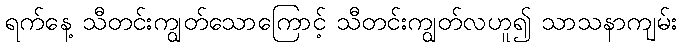
ရက်နေ့ သီတင်းကျွတ်သောကြောင့် သီတင်းကျွတ်လဟူ၍ သာသနာကျမ်း